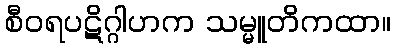
စီဝရပဋိဂ္ဂါဟက သမ္မူတိကထာ။